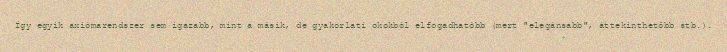
Így egyik axiómarendszer sem igazabb, mint a másik, de gyakorlati okokból elfogadhatóbb (mert "elegánsabb", áttekinthetőbb stb.).